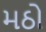
મઠો